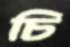
চি